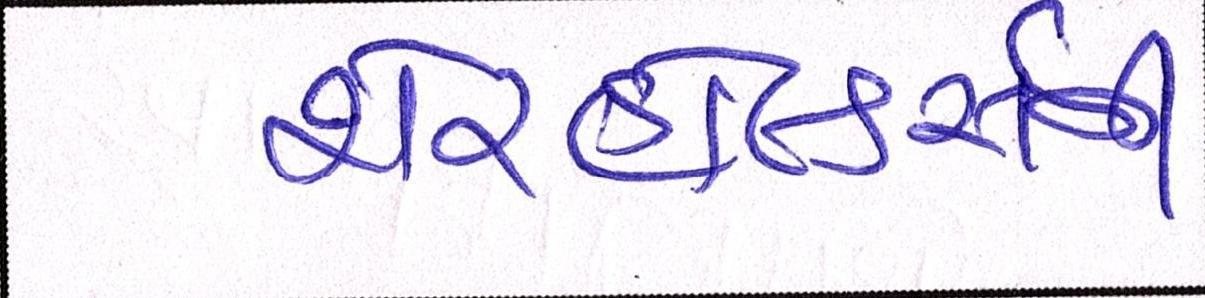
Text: શેરહોલ્ડર્સની